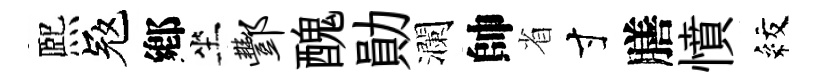
熈冦鄕坐酆醜勛瀾帥省寸膳憤紋